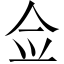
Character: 佥